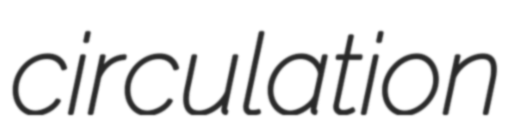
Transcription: circulation